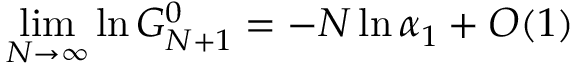
\operatorname * { l i m } _ { N \rightarrow \infty } \ln G _ { N + 1 } ^ { 0 } = - N \ln \alpha _ { 1 } + O ( 1 )